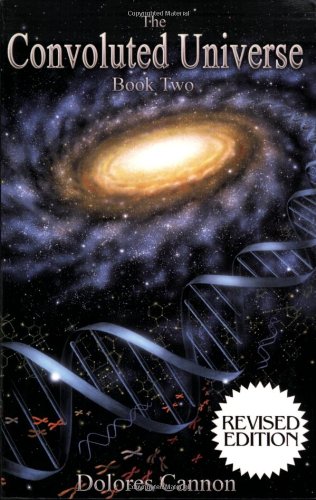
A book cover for The Convoluted Universe, Book 2; Dolores Cannon; Religion & Spirituality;